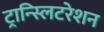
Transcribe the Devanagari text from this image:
ट्रान्स्लिटरेशन